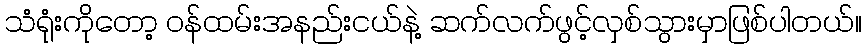
သံရုံးကိုတော့ ဝန်ထမ်းအနည်းငယ်နဲ့ ဆက်လက်ဖွင့်လှစ်သွားမှာဖြစ်ပါတယ်။